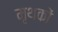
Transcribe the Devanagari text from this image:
मृथकों